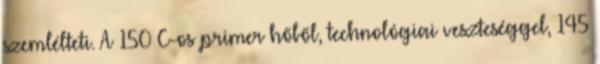
szemlélteti. A 150 C-os primer hőből, technológiai veszteséggel, 145